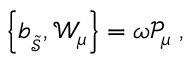
\left\{ b _ { _ { \widetilde { \mathcal { S } } } } , \mathcal { W } _ { \mu } \right\} = \omega \mathcal { P } _ { \mu } \; ,